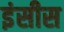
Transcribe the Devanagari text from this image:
इंसीस